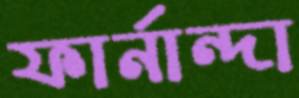
ফার্নান্দা